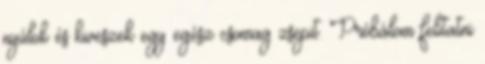
nyúlok és kiveszek egy egész csomag zsepit. Próbálom felitatni